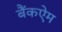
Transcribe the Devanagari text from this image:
बैंकऐम